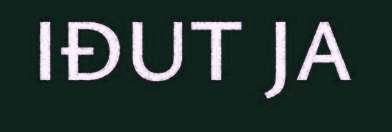
IĐUT JA